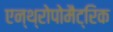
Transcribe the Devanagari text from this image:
एन्थ्रोपोमैट्रिक